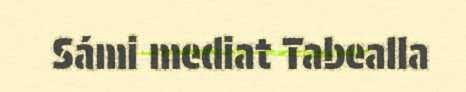
Sámi mediat Tabealla